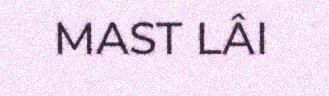
MAST LÂI